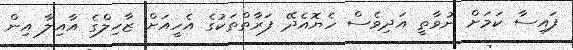
ފައިސާ ކަމަށް ނުވާތީ އަދިވެސް ހެޔޮއެދޭ ފަރާތްތަކުގެ އެހީއަށް ޒާހިލްގެ އާއިލާ އިން